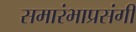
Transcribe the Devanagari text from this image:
समारंभाप्रसंगी